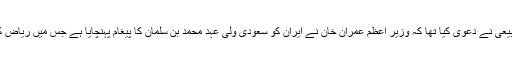
یاد رہے کہ گزشتہ روز ایرانی حکومت کے ترجمان علی ربیعی نے دعویٰ کیا تھا کہ وزیر اعظم عمران خان نے ایران کو سعودی ولی عہد محمد بن سلمان کا پیغام پہنچایا ہے جس میں ریاض کی جانب سے تہران کو بات چیت کی پیش کش کی گئی ہے۔